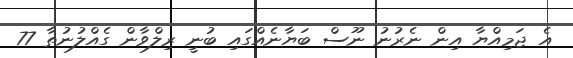
އެ ޖަމިއްޔާ އިން ނެރުނު ނޫސް ބަޔާނެއްގައި ބުނީ ރިލްވާން ގެއްލުނުތާ 77